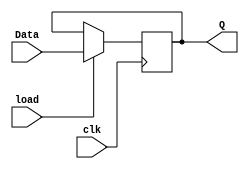
`timescale 1ns / 1ps
//////////////////////////////////////////////////////////////////////////////////
// Company: 
// Engineer: 
// 
// Design Name: 
// Module Name: register_logic
// Project Name: 
// Target Devices: 
// Tool Versions: 
// Description: 
// 
// Dependencies: 
// 
// Revision:
// Revision 0.01 - File Created
// Additional Comments:
// 
//////////////////////////////////////////////////////////////////////////////////


module register_logic(
    input clk,
    input load,
    input [4:0] Data,
    output reg [4:0] Q
    );
   
    always @(posedge clk)
          begin
              if (load) begin
                   Q = Data;  
      end
      end
endmodule